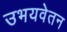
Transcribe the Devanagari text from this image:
उभयवेतन